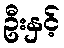
ဦးနှင့်